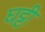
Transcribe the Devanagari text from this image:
घट्टी